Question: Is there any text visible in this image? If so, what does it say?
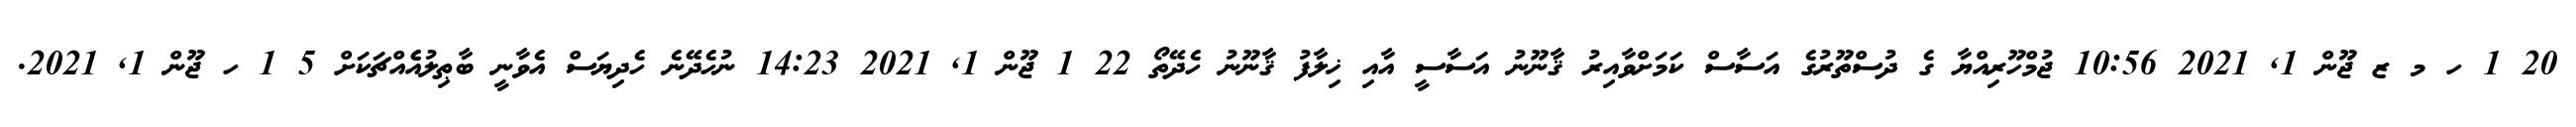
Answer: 20 1 ހ މ ޒ ޖޫން 1, 2021 10:56 ޖުމްހޫރިއްޔާ ގެ ދުސްތޫރުގެ އަސާސް ކަމަށްވާއިރު ޤާނޫނު އަސާސީ އާއި ޚިލާފު ޤާނޫނު ހެދޭތޯ 22 1 ޖޫން 1, 2021 14:23 ނުހެދޭނެ ހެދިޔަސް އެވާނީ ބާޠިލުއެެއްޗަކަށް 5 1 ހ ޖޫން 1, 2021.